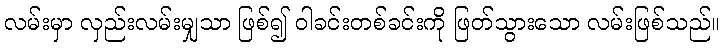
လမ်းမှာ လှည်းလမ်းမျှသာ ဖြစ်၍ ဝါခင်းတစ်ခင်းကို ဖြတ်သွားသော လမ်းဖြစ်သည်။